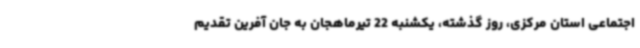
اجتماعی استان مرکزی، روز گذشته، یکشنبه 22 تیرماهجان به جان آفرین تقدیم